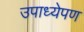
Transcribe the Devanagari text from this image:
उपाध्येपण